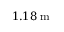
1 . 1 8 \; \mathrm { m }